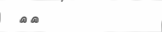
٨٠